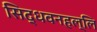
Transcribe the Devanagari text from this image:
सिद्धवनहल्लि